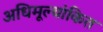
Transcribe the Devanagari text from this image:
अधिमूल्यांकित